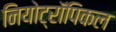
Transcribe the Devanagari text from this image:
नियोट्रॉपिकल